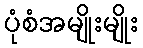
ပုံစံအမျိုးမျိုး